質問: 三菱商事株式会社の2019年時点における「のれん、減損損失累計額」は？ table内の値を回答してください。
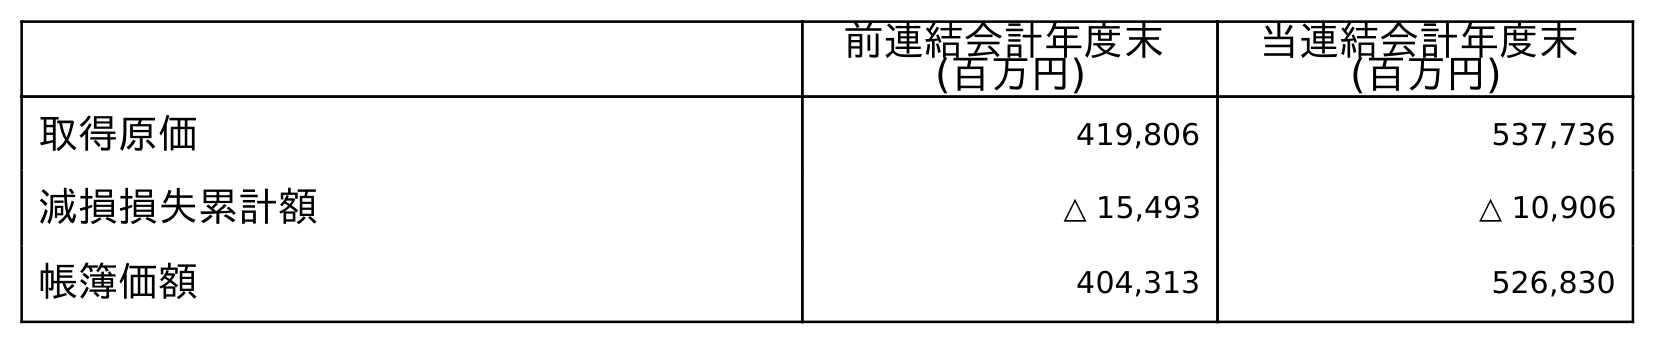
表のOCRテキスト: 前連結会計年度末 (百万円) 当連結会計年度末 (百万円) 取得原価 419,806 537,736 減損損失累計額 △ 15,493 △ 10,906 帳簿価額 404,313 526,830
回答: △15,493